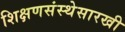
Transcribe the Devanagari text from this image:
शिक्षणसंस्थेसारखी